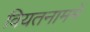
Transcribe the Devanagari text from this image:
वियतनाममें